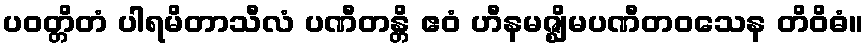
ပဝတ္တိတံ ပါရမိတာသီလံ ပဏီတန္တိ ဧဝံ ဟီနမဇ္ဈိမပဏီတဝသေန တိဝိဓံ။